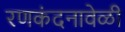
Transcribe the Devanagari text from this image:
रणकंदनावेळी